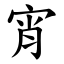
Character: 宵